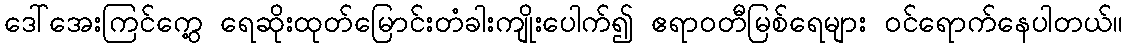
ဒေါ်အေးကြင်ကွေ့ ရေဆိုးထုတ်မြောင်းတံခါးကျိုးပေါက်၍ ဧရာဝတီမြစ်ရေများ ဝင်ရောက်နေပါတယ်။